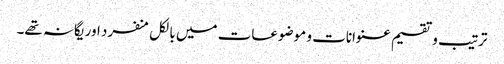
ترتیب و تقسیم عنوانات و موضوعات میں بالکل منفرد اور یگانہ تھے۔